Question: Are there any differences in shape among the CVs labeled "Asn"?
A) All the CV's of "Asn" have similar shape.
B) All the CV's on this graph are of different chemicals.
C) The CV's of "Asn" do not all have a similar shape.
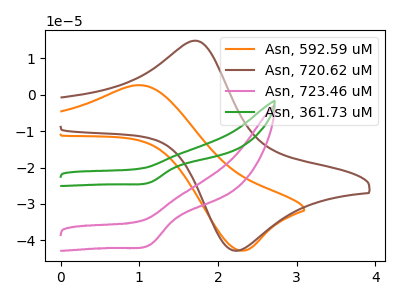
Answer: <think>The orange curve "Asn, 592.59 uM" has an anodic peak at (1.05V, 2.60uA) and a cathodic peak at (2.30V, -42.80uA). The brown curve "Asn, 720.62 uM" has an anodic peak at (1.70V, 14.85uA) and a cathodic peak at (2.25V, -42.80uA). The pink curve "Asn, 723.46 uM" has a cathodic peak at: (1.15V, -41.25uA). The green curve "Asn, 361.73 uM" has a cathodic peak at: (1.15V, -24.10uA).
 "Asn, 592.59 uM" and "Asn, 720.62 uM" have at least one peak that do not match. "Asn, 592.59 uM" and "Asn, 723.46 uM" have a different number of peaks. "Asn, 592.59 uM" and "Asn, 361.73 uM" have a different number of peaks. "Asn, 720.62 uM" and "Asn, 723.46 uM" have a different number of peaks. "Asn, 720.62 uM" and "Asn, 361.73 uM" have a different number of peaks. All the peaks in "Asn, 723.46 uM" have a peak in "Asn, 361.73 uM" at the same potential. Every peak in "Asn, 723.46 uM" is higher than every peak in "Asn, 361.73 uM".</think>
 <answer>A) All the CV's of "Asn" have similar shape.</answer>
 <eval>A</eval>